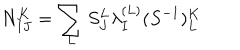
N _ { I J } ^ { K } = \sum _ { L } S _ { J } ^ { L } \lambda _ { I } ^ { ( L ) } ( S ^ { - 1 } ) _ { L } ^ { K }